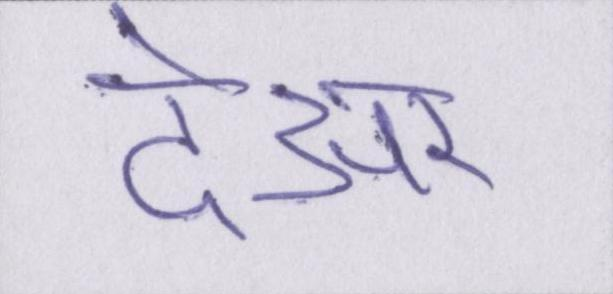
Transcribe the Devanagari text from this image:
देअर